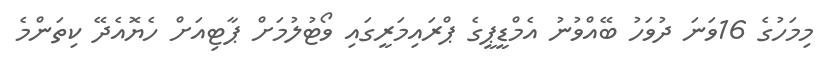
މިމަހުގެ 16ވަނަ ދުވަހު ބޭއްވުނު އެމްޑީޕީގެ ޕްރައިމަރީގައި ވޯޓުލުމަށް ޕާޓިއަށް ހެޔޮއެދޭ ކިތަންމެ